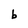
Character: b